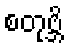
စတုဗ္ဘိ